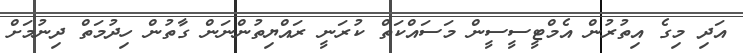
އަދި މިގެ އިތުރުން އެމްޓީސީސީން މަސައްކަތް ކުރަނީ ރައްޔިތުންނަން ގާތުން ހިދުމަތް ދިނުމަށް